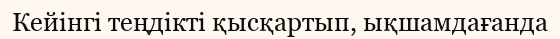
Кейінгі теңдікті қысқартып, ықшамдағанда